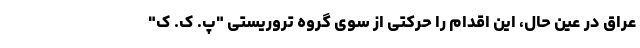
عراق در عین حال، این اقدام را حرکتی از سوی گروه تروریستی "پ. ک. ک"